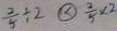
\frac { 2 } { 5 } \div \textcircled { < } \frac { 2 } { 5 } \times 2